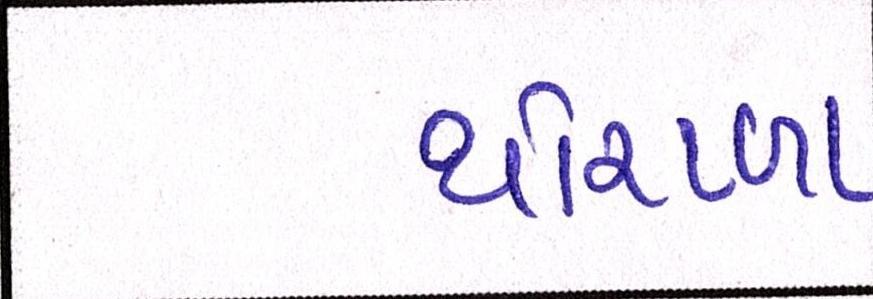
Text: થોરાળા